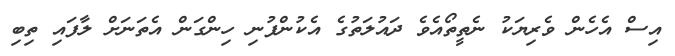
އިސް އެހެން ވެރިޔަކު ނެތީތޯއެވެ ދައުލަތުގެ އެކުންފުނި ހިންގަން އެތަނަށް ލާފައި ތިބި